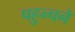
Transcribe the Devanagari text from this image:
पहुन्चने